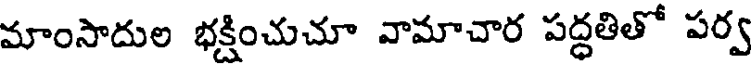
మాంసాదుల భక్షించుచూ వామాచార పద్ధతితో పర్వ